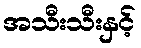
အသီးသီးနှင့်